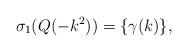
LaTeX: \begin{align*}\sigma_1(Q(-k^2)) = \{\gamma(k)\},\end{align*}